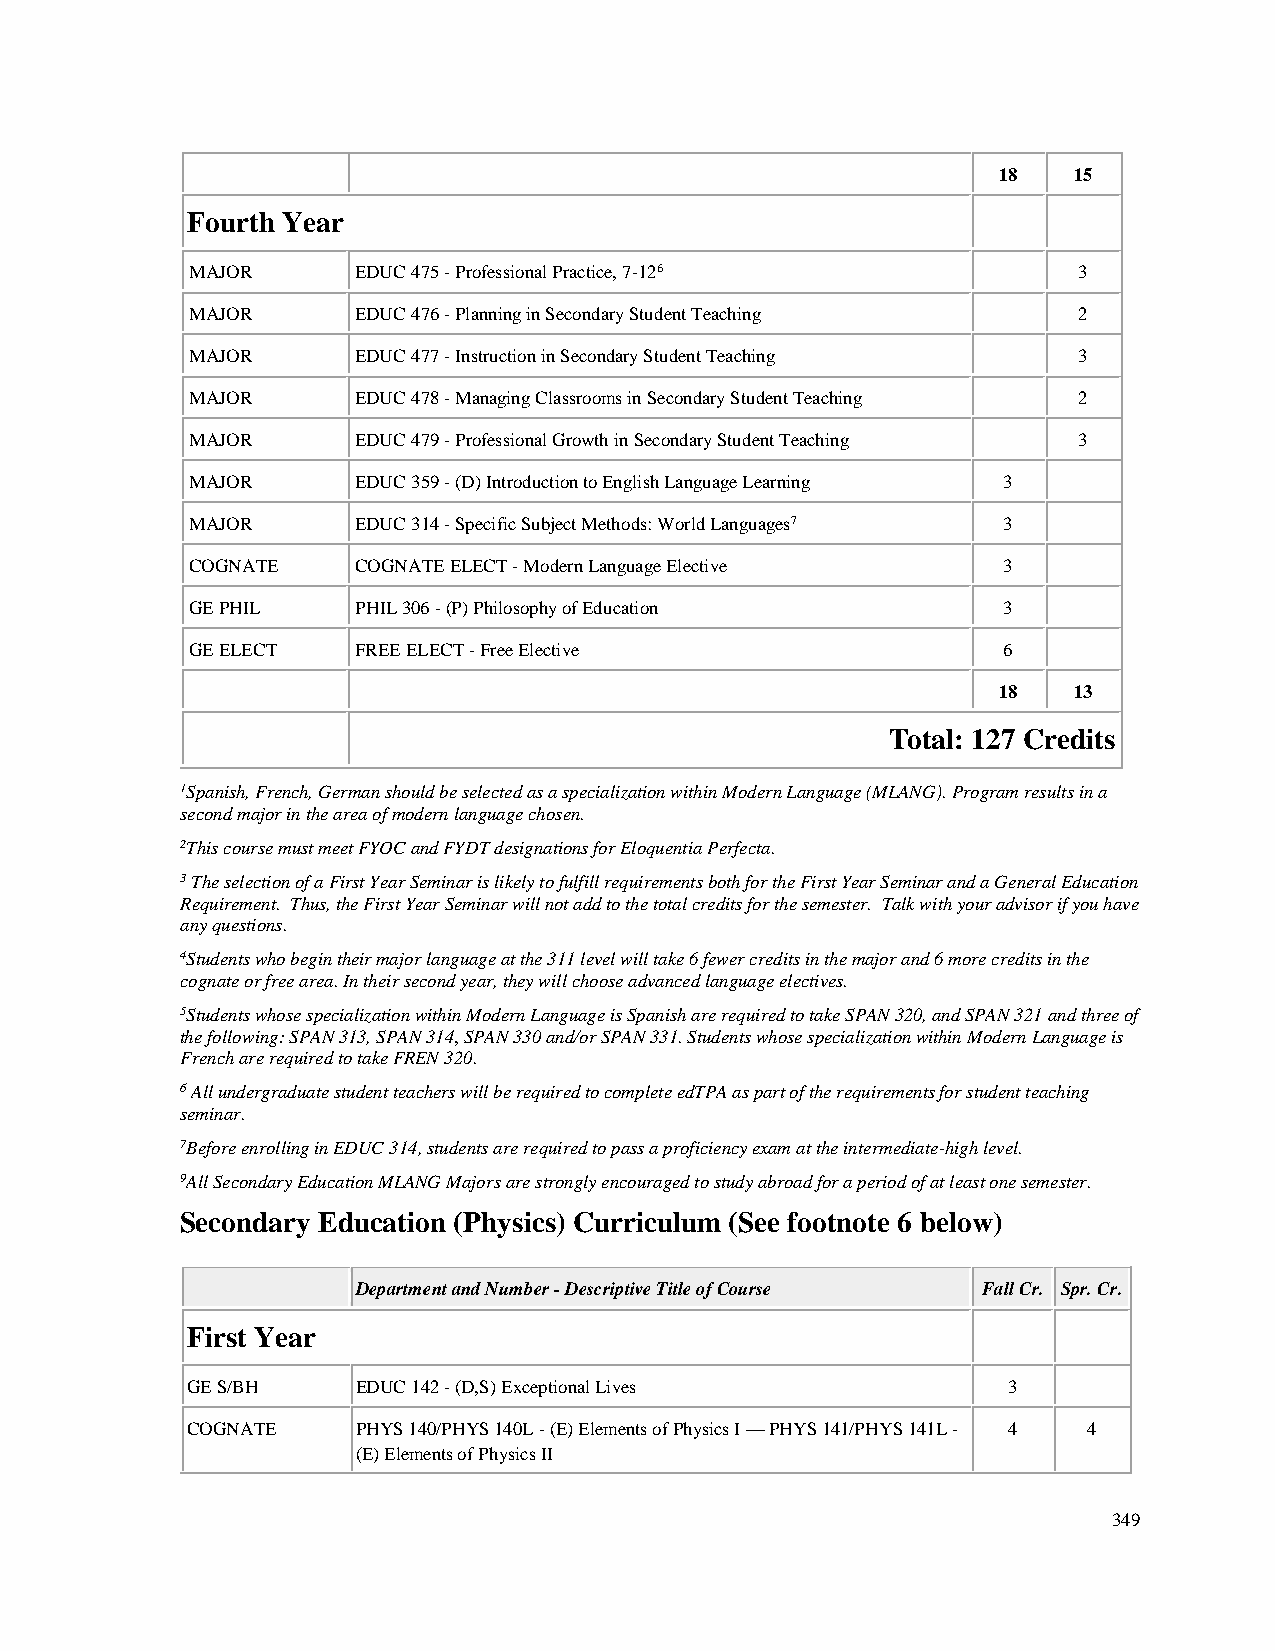
18   15
 Fourth Year
 MAJOR      EDUC 475 - Professional Practice, 7-126        3
 MAJOR      EDUC 476 - Planning in Secondary Student Teaching 2
 MAJOR      EDUC 477 - Instruction in Secondary Student Teaching 3
 MAJOR      EDUC 478 - Managing Classrooms in Secondary Student Teaching 2
 MAJOR      EDUC 479 - Professional Growth in Secondary Student Teaching 3
 MAJOR      EDUC 359 - (D) Introduction to English Language Learning 3
 MAJOR      EDUC 314 - Specific Subject Methods: World Languages7 3
 COGNATE    COGNATE ELECT - Modern Language Elective  3
 GE PHIL    PHIL 306 - (P) Philosophy of Education    3
 GE ELECT   FREE ELECT - Free Elective                6
 18   13
 Total: 127 Credits
 1Spanish, French, German should be selected as a specialization within Modern Language (MLANG). Program results in a
 second major in the area of modern language chosen.
 2This course must meet FYOC and FYDT designations for Eloquentia Perfecta.
 3 The selection of a First Year Seminar is likely to fulfill requirements both for the First Year Seminar and a General Education
 Requirement. Thus, the First Year Seminar will not add to the total credits for the semester. Talk with your advisor if you have
 any questions.
 4Students who begin their major language at the 311 level will take 6 fewer credits in the major and 6 more credits in the
 cognate or free area. In their second year, they will choose advanced language electives.
 5Students whose specialization within Modern Language is Spanish are required to take SPAN 320, and SPAN 321 and three of
 the following: SPAN 313, SPAN 314, SPAN 330 and/or SPAN 331. Students whose specialization within Modern Language is
 French are required to take FREN 320.
 6 All undergraduate student teachers will be required to complete edTPA as part of the requirements for student teaching
 seminar.
 7Before enrolling in EDUC 314, students are required to pass a proficiency exam at the intermediate-high level.
 9All Secondary Education MLANG Majors are strongly encouraged to study abroad for a period of at least one semester.
 Secondary Education (Physics) Curriculum (See footnote 6 below)
 Department and Number - Descriptive Title of Course Fall Cr. Spr. Cr.
 First Year
 GE S/BH     EDUC 142 - (D,S) Exceptional Lives         3
 COGNATE     PHYS 140/PHYS 140L - (E) Elements of Physics I — PHYS 141/PHYS 141L - 4 4
 (E) Elements of Physics II
 349